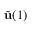
\tilde { \mathbf { u } } ( 1 )